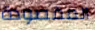
المقصودة